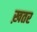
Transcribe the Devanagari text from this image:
ख़तर